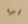
بي